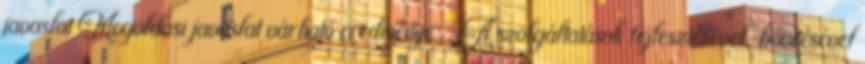
javaslat Megoldási javaslat várható eredménye ▪„A szolgáltatások fejlesztésével, bővítésével